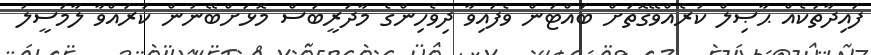
ފައިދާތަކެއް ޙާޞިލް ކުރެއްވޭގޮތަށް ބައްޓަން ވެފައިވާ ދިވެހިންގެ މާދަރީބަސް މޮޅަށްބޭނުން ކުރައްވާ ލާމަސީލު